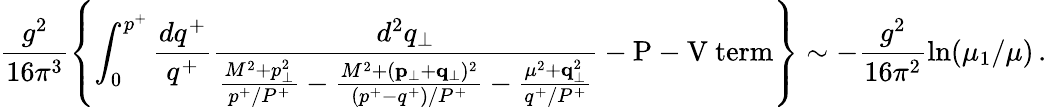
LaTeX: \frac{g^{2}}{16\pi^{3}}\left\{ \int_{0}^{p^{+}}\frac{dq^{+}}{q^{+}}\frac{d^{2}q_{\perp}}{\frac{M^{2}+p_{\perp}^{2}}{p^{+}/P^{+}}-\frac{M^{2}+({\mathbf p}_{\perp}+{\mathbf q}_{\perp})^{2}}{(p^{+}-q^{+})/P^{+}}-\frac{\mu^{2}+{\mathbf q}_{\perp}^{2}}{q^{+}/P^{+}}}-\mathrm{P-V~term}\right\} \sim-\frac{g^{2}}{16\pi^{2}}\ln(\mu_{1}/\mu)\, .